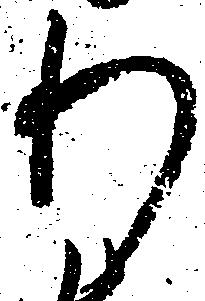
わ